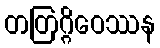
တတြဂ္ဂိဝေဿန